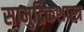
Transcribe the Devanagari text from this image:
सामुद्रिकशास्त्र